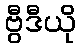
ဗွီဒီယို